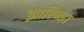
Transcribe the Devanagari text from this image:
झारिन्छ।